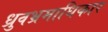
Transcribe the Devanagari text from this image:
ध्रुवभ्रमाधिकार